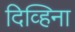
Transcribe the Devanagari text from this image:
दिव्हिना